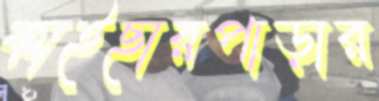
কাইছারপাড়ার